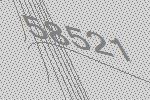
58521